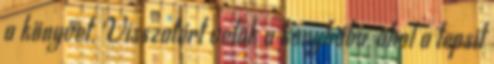
a könyvet. Visszatért velük a konyhába, ahol a tepsit